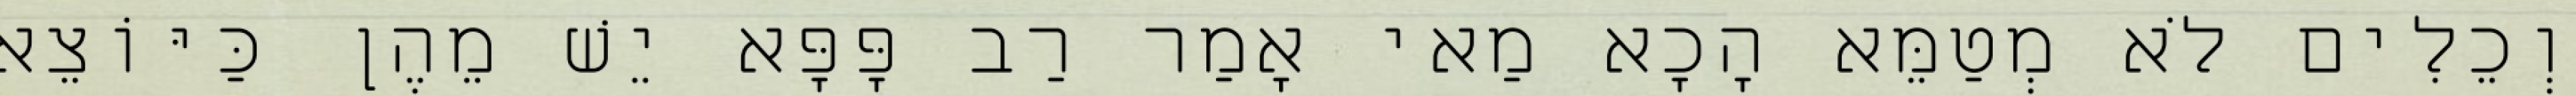
וְכֵלִים לֹא מְטַמֵּא הָכָא מַאי אָמַר רַב פָּפָּא יֵשׁ מֵהֶן כַּיּוֹצֵא